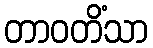
တာဝတိံသာ